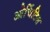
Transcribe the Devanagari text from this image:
ओर्चिटिस